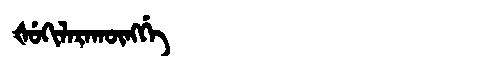
Manchu: ᡧᡠᡴᡳᠯᠠᡵᠠᡴᡡᠩᡤᡝ
Romanization: ŠUKILARAKŪNGGE